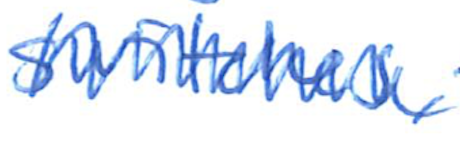
Text: switches,
Cross-out: zig-zag
Writing tool: ballpoint